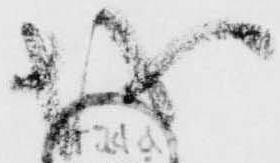
越